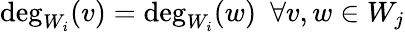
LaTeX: \deg_{W_{i}}(v)=\deg_{W_{i}}(w)\, \, \, \forall v,w\in W_{j}